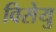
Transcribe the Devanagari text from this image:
विसेयु